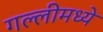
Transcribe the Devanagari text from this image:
गल्लीमध्ये